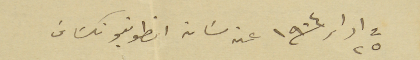
فى ٢٥ ادار /١٩٠٤ عن سَان انطونيو تكسَاسَ